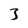
Character: 3